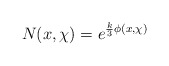
\begin{align*}N(x,\chi)= e^{{k\over 3}\phi(x,\chi)}\end{align*}